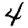
Digit: 4